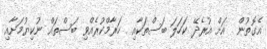
އެގޮތުން  އަށް އުރެދޭ ކަހަލަ ބަސްތަކާއި  ހަރާމްކުރެއްވި ބަސްތައް ނުކިޔުމަށާއި